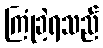
ကြုံခဲ့ရသည်